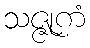
သဇ္ဇုကံ